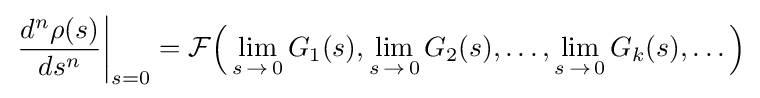
\left.{\frac {d^{n}\rho (s)}{ds^{n}}}\right|_{s=0}={\mathcal {F}}{\Bigl (}\lim _{s\,\to \,0}G_{1}(s),\lim _{s\,\to \,0}G_{2}(s),\dots ,\lim _{s\,\to \,0}G_{k}(s),\dots {\Bigr )}